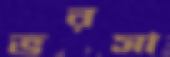
ভরসা